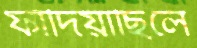
ফাঁদিয়াছিলে